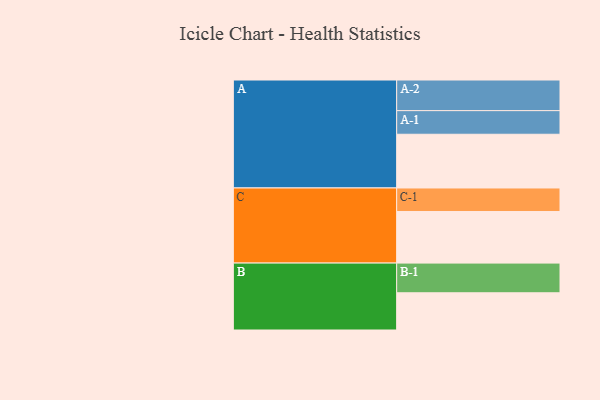
{"axis": {"x": "Segment", "y": "Value"}, "legend": ["", "A", "B", "C"], "data": [{"x": "A", "y": 505, "type": ""}, {"x": "B", "y": 350, "type": ""}, {"x": "C", "y": 485, "type": ""}, {"x": "A-1", "y": 222, "type": "A"}, {"x": "A-2", "y": 288, "type": "A"}, {"x": "B-1", "y": 279, "type": "B"}, {"x": "C-1", "y": 221, "type": "C"}]}